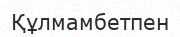
Құлмамбетпен